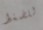
للضغط